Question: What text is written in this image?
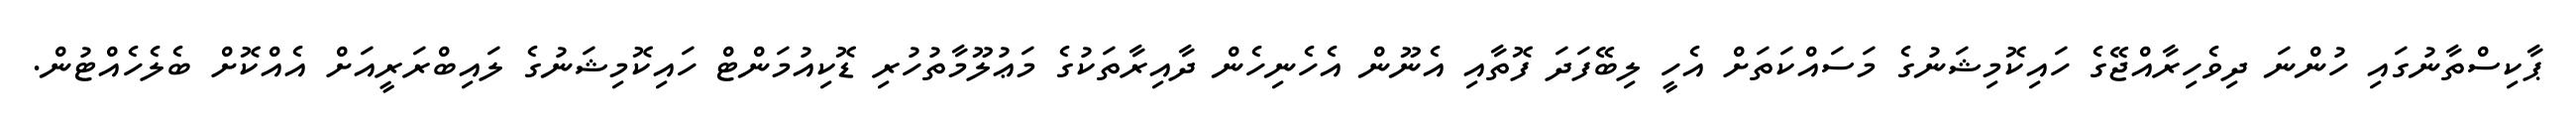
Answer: ޕާކިސްތާނުގައި ހުންނަ ދިވެހިރާއްޖޭގެ ހައިކޮމިޝަނުގެ މަސައްކަތަށް އެހީ ލިބޭފަދަ ފޮތާއި އެނޫން އެހެނިހެން ދާއިރާތަކުގެ މަޢުލޫމާތުހުރި ޑޮކިއުމަންޓް ހައިކޮމިޝަނުގެ ލައިބްރަރީއަށް އެއްކޮށް ބެލެހެއްޓުން.